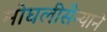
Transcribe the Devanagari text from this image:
मोघलीसैन्याने